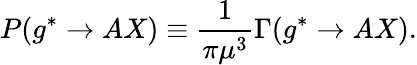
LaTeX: P(g^{*}\rightarrow AX)\equiv\frac{1}{\pi\mu^{3}}\Gamma(g^{*}\rightarrow AX).